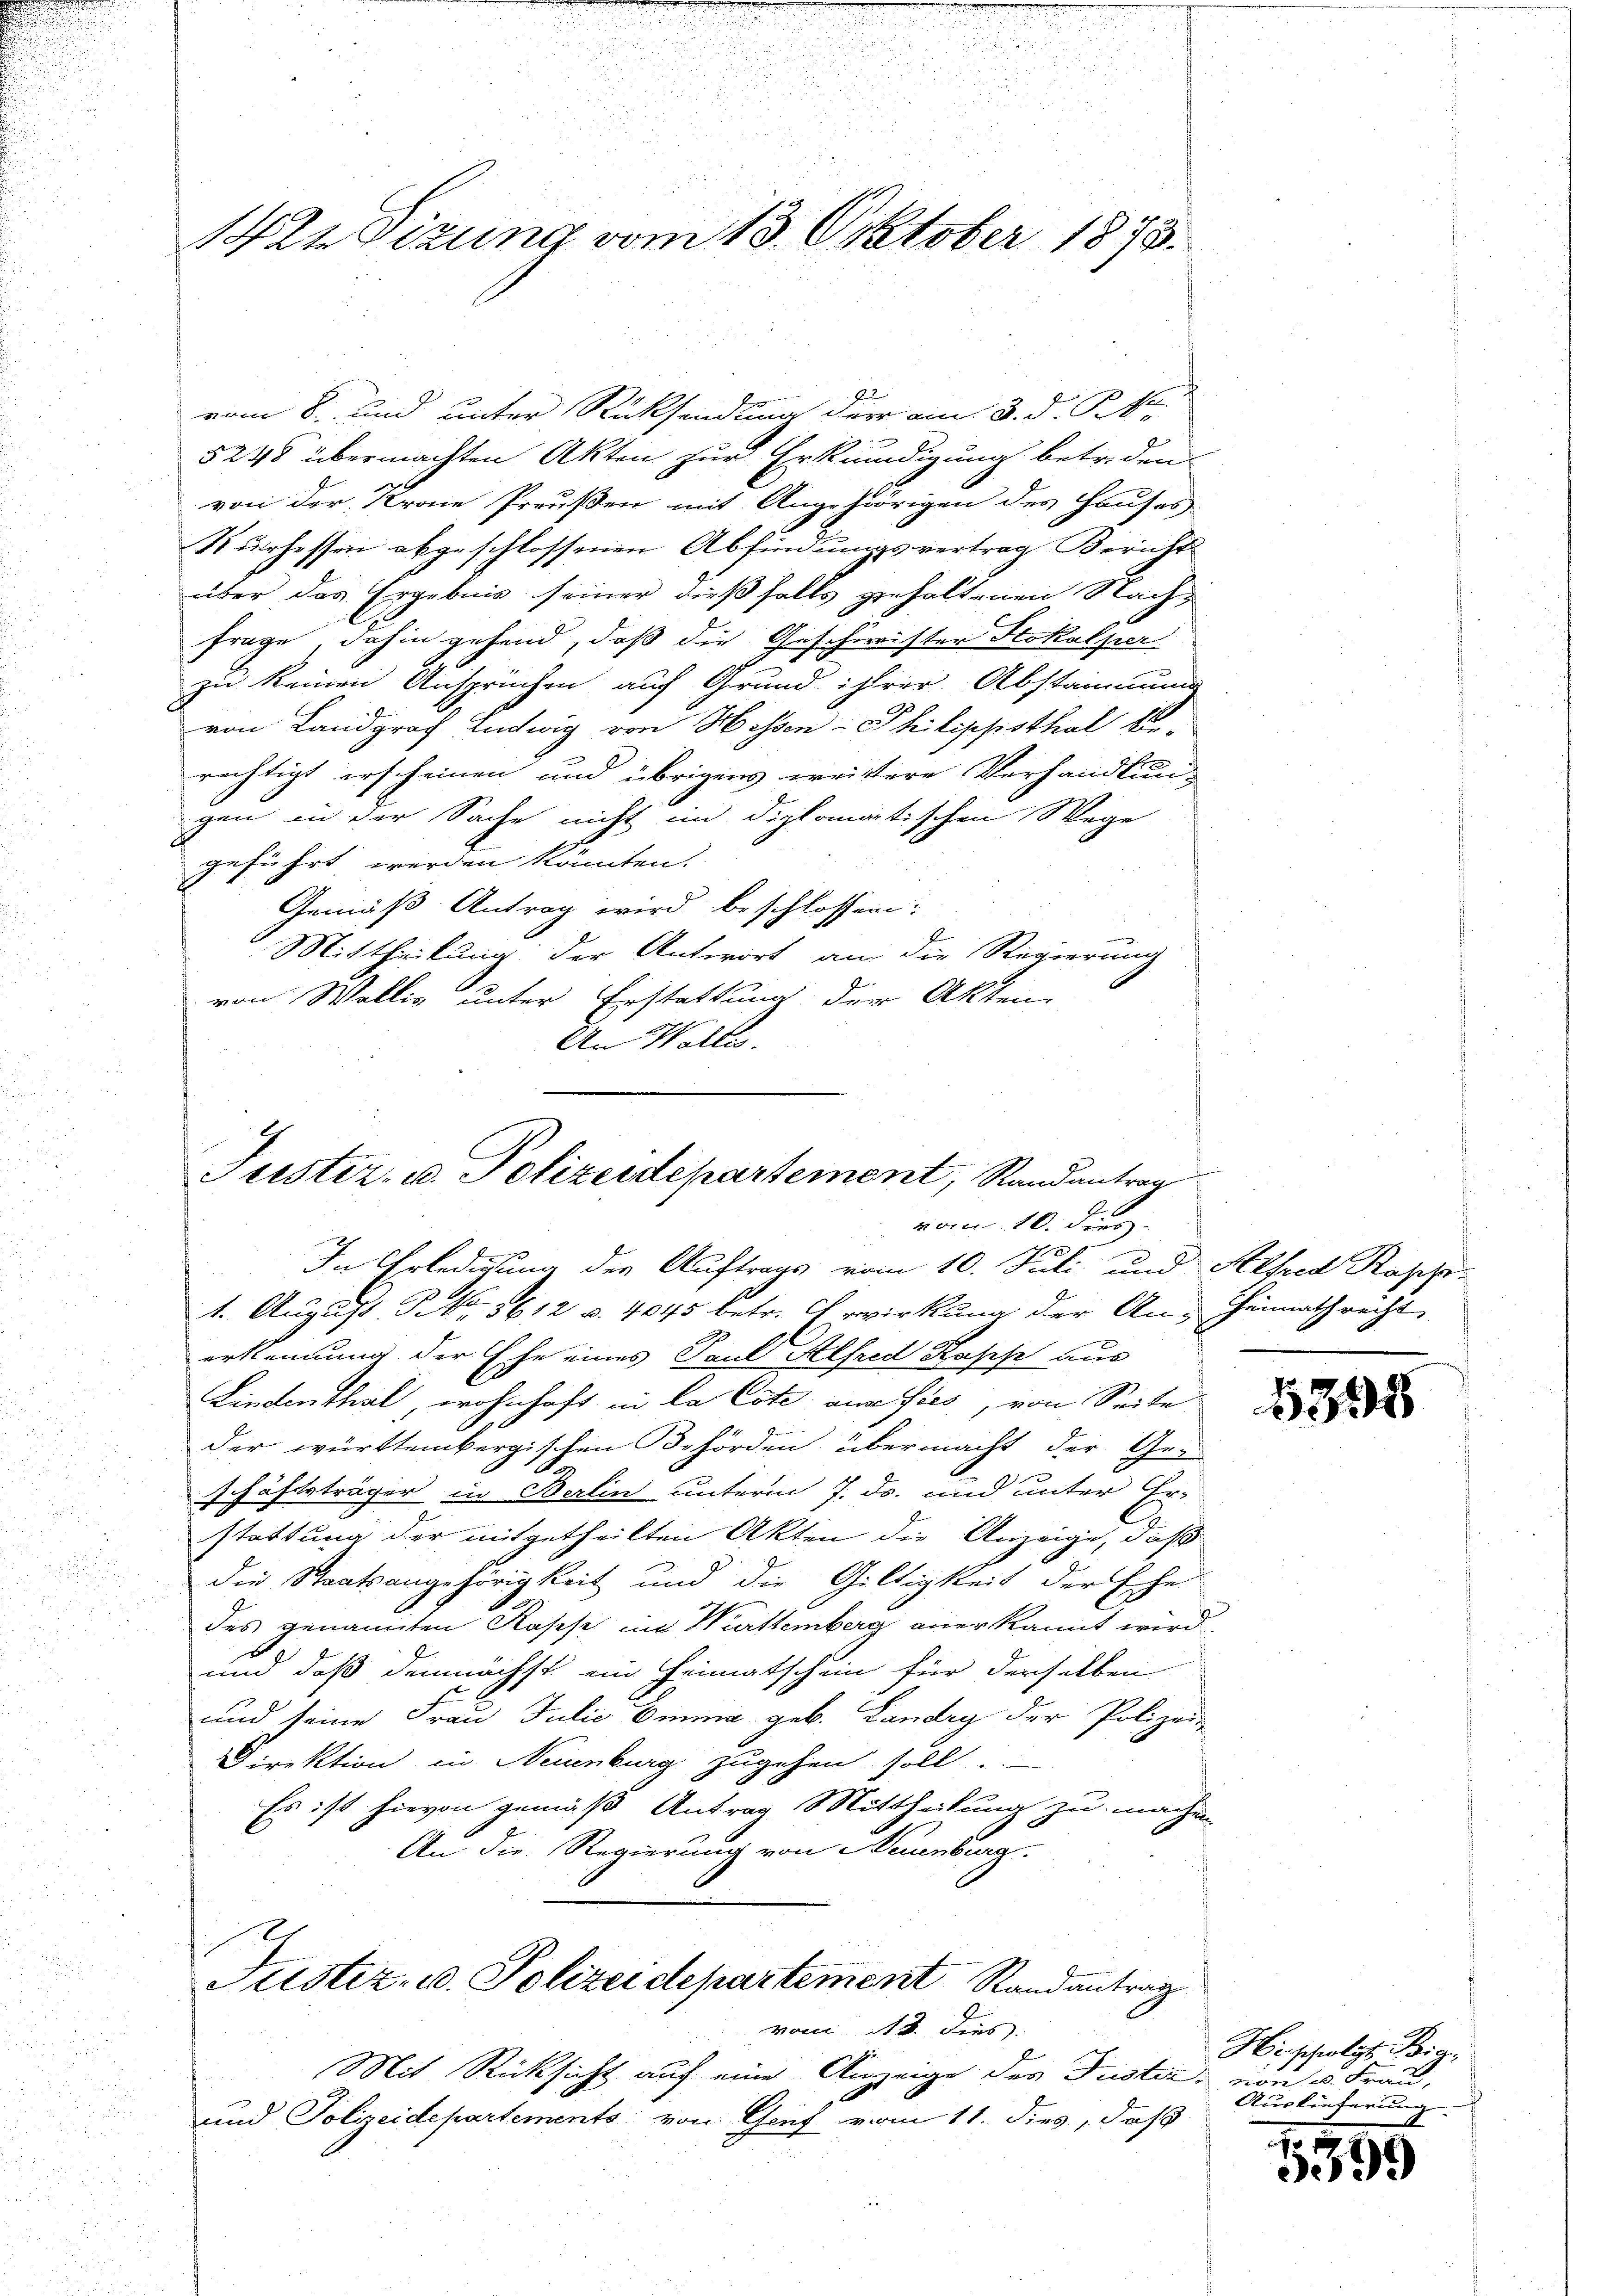
14tn Sitzung vom 13. Oktober 1875.

vom 8. und unter Rücksendung der am 3. d. P. k
5248 übermachten Akten zur Erkundigung betriden
von der Kraie Preußen mit Angehörigen des Hauses
Surhessen abgeschlossenen Abfindungsvertrag Bericht
über das Ergebnis seiner dießfalls gehaltenen Nachfrage, dahin gehend, daß die Geschwister Stokalper
zu keinen Ansprüchen auf Grund ihrer Abstammung
von Landgraf Ludwig von Hessen Philippsthal be-
rechtigt erscheinen und übrigens weittere Verhandlung
gen in der Sache nicht im diplomatischen Wege
geführt werden könnten.
Gemäß Antrag wird beschlossen:
i
Mittheilung der Antwort an die Regierung
von Wällig unter Erstattung der Akten
An Helle.

Ju

Puster- u. Polizeidepartement, Randantrag
vom 10. dies
In Erledigung der Auftrags vom 10. Juli und Alfred Kopp

vom 11. dies
Mit Rücksicht auf eine Anzeige des Fister von u. Frau,
und Polizeidepartements von Genf vom 11. dies, daß

.
i
1. August P. Nr. 1612 u. 4845 betr. Erwirkung der An-Heimathrecht
erkennung der Ehe eines Paul Alfred Kasse aus
Lindenthal, wohnhaft in la Cote an sind, von Seite
der württembergischen Behörden übermacht der Geschäftsträger in Berlin unterm 7. ds. und unter Er-
stattung der mitgetheilten Akten die Anzeige, daß
die Staatsangehörigkeit und die Giltigkeit der Ehe
des genannten Rosse im Württemberg anerkannt wird
.
und daß demnächst ein Heimatschein für derselben
und seine Frau Julio Emma geb. Landry der Polizei
Direktion in Neuenburg zugehen soll.
Es ist hievon gemäß Antrag Mittheilung zu machen.
An die Regierung von Neuenburg.
Justiz- u. Polizeidepartement Randantrag

Hisfolgt. Beig¬
Auslieferung

1599